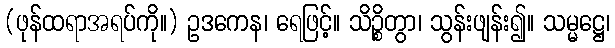
(ဖုန်ထရာအရပ်ကို။) ဥဒကေန၊ ရေဖြင့်။ သိဉ္စိတွာ၊ သွန်းဖျန်း၍။ သမ္မဋ္ဌေ၊